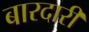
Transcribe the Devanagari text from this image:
बारदारी